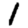
Digit: 1